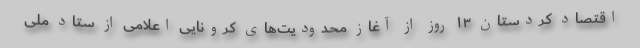
اقتصاد کردستان ١۳ روز از آغاز محدودیت‌های کرونایی اعلامی از ستاد ملی